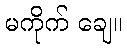
မကိုက် ချေ။